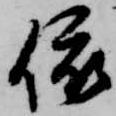
依